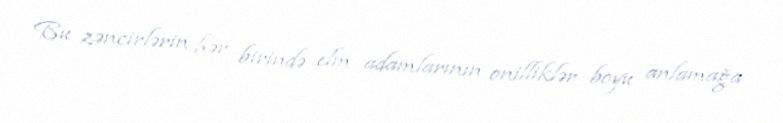
Bu zəncirlərin hər birində elm adamlarının onilliklər boyu anlamağa